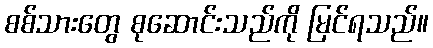
စစ်သားတွေ စုဆောင်းသည်ကို မြင်ရသည်။